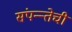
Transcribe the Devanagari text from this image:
संपन्न्तेची